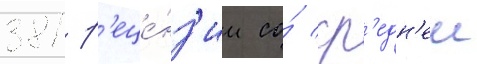
381 р'еце́нз'ии со́ ср'едн'еи